Annual report of the Central Committee of the Association together with the report of the directors of the Pasteur Institute at Kasauli
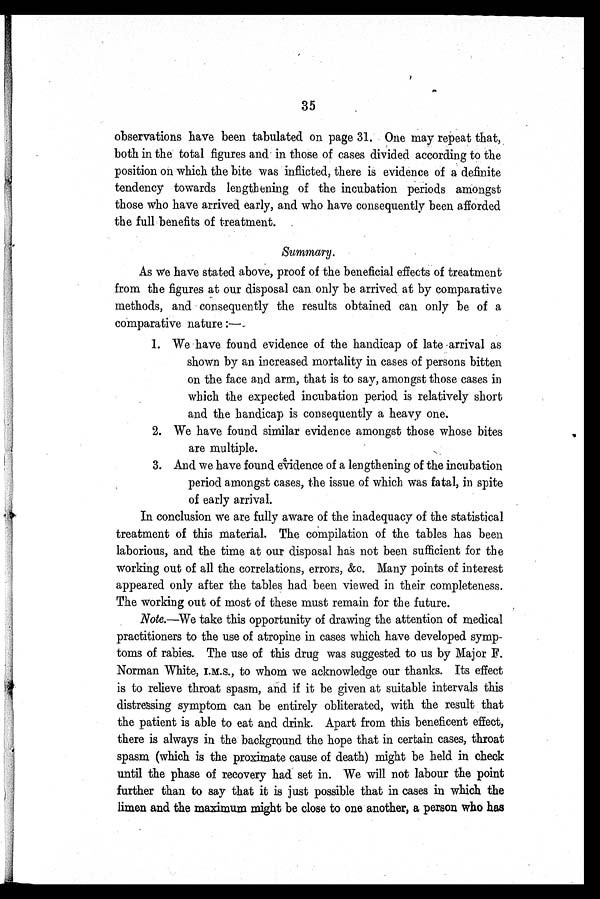
3 5
observations have been tabulated on page 31. One may repeat that,
both in the total figures and in those of cases divided according to the
position on which the bite was inflicted, there is evidence of a definite
tendency towards lengthening of the incubation periods amongst
those who have arrived early, and who have consequently been afforded
the full benefits of treatment.
Summary.
As we have stated above, proof of the beneficial effects of treatment
from the figures at our disposal can only be arrived at by comparative
methods, and consequently the results obtained can only be of a
comparative nature :—
1. We have found evidence of the handicap of late arrival as
shown by an increased mortality in cases of persons bitten
on the face and arm, that is to say, amongst those cases in
which the expected incubation period is relatively short
and the handicap is consequently a heavy one.
2.
We have found similar evidence amongst those whose bites
are multiple.
3.
And we have found evidence of a lengthening of the incubation
period amongst cases, the issue of which was fatal, in spite
of early arrival.
In conclusion we are fully aware of the inadequacy of the statistical
treatment of this material. The compilation of the tables has been
laborious, and the time at our disposal has not been sufficient for the
working out of all the correlations, errors, &c. Many points of interest
appeared only after the tables had been viewed in their completeness.
The working out of most of these must remain for the future.
Note.—W e
take this opportunity of drawing the attention of medical
practitioners to the use of atropine in cases which have developed symp
-
toms of rabies. The use of this drug was suggested to us by Major F.
Norman White, I.M.S., to whom we acknowledge our thanks. Its effect
is to relieve throat spasm, and if it be given at suitable intervals this
distressing symptom can be entirely obliterated, with the result that
the patient is able to eat and drink. Apart from this beneficent effect,
there is always in the background the hope that in certain cases, throat
spasm (which is the proximate cause of death) might be held in check
until the phase of recovery had set in. We will not labour the point
further than to say that it is just possible that in cases in which the
limen and the maximum might be close to one another, a person who has